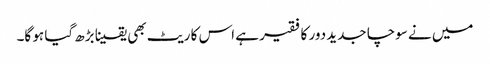
میں نے سوچا جدید دور کا فقیر ہے اس کا ریٹ بھی یقینا بڑھ گیا ہو گا۔